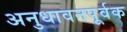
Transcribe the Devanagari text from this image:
अनुधावनपूर्वक